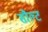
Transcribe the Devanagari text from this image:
सौल्ट